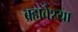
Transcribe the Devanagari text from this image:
ब्रह्मवेश्या